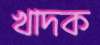
খাদক